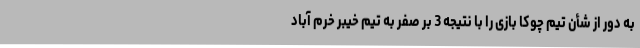
به دور از شأن تیم چوکا بازی را با نتیجه 3 بر صفر به تیم خیبر خرم آباد